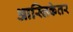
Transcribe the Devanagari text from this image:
आस्तिकेतर